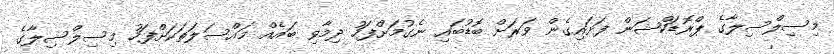
މިސިލްސިލާގެ ޕްރޮޑަކްޝަން ފަށައިގެން ވަރަށް ބޮޑުބައި ނެގުމަށްފަހު ދިމާވި ބައެއް މައްސަލަތަކަށްފަހު މިސިލްސިލާގެ